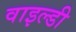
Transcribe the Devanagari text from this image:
वाइल्डी